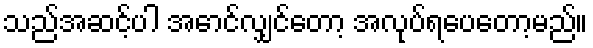
သည်အဆင့်ပါ အောင်လျှင်တော့ အလုပ်ရပေတော့မည်။